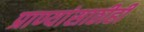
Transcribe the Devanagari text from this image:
प्राण्यांसाठीही